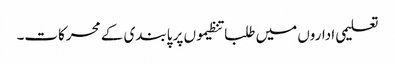
تعلیمی اداروں میں طلبا تنظیموں پر پابندی کے محرکات۔